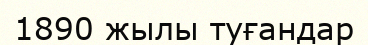
1890 жылы туғандар